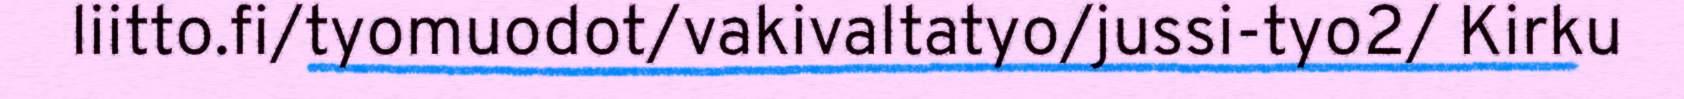
liitto.fi/tyomuodot/vakivaltatyo/jussi-tyo2/ Kirku